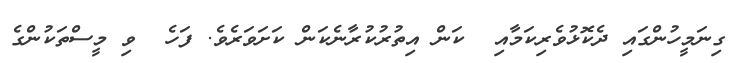
ގިނަމީހުންގައި ދެކޮޅުވެރިކަމާއި  ކަން އިތުރުކުރާނެކަން ކަށަވަރެވެ. ފަހެ  ވި މީސްތަކުންގެ